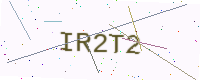
Text: IR2T2